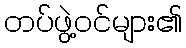
တပ်ဖွဲ့ဝင်များ၏